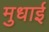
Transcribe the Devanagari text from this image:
मुधाई